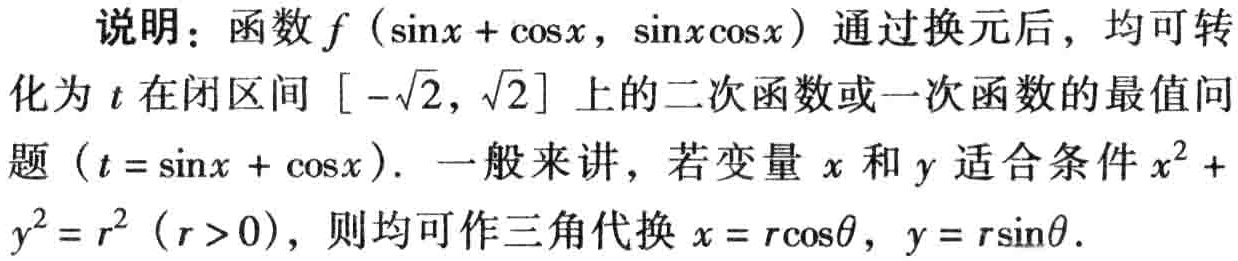
说明：函数\(f(\sin x + \cos x,\sin x\cos x)\)通过换元后，均可转化为\(t\)在闭区间\([-\sqrt{2},\sqrt{2}]\)上的二次函数或一次函数的最值问题\((t = \sin x + \cos x)\). 一般来讲，若变量\(x\)和\(y\)适合条件\(x^{2}+y^{2}=r^{2}(r > 0)\)，则均可作三角代换\(x = r\cos\theta\)，\(y = r\sin\theta\).